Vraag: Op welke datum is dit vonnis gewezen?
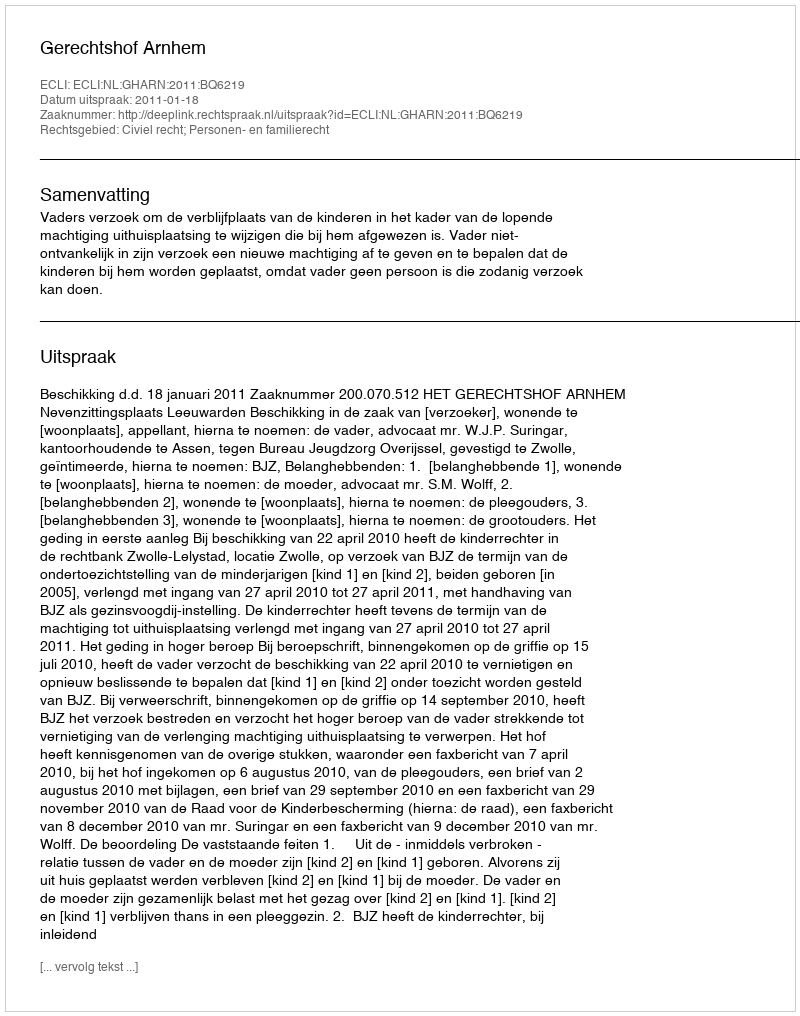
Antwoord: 2011-01-18